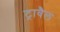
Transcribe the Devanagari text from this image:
ट्रावैल